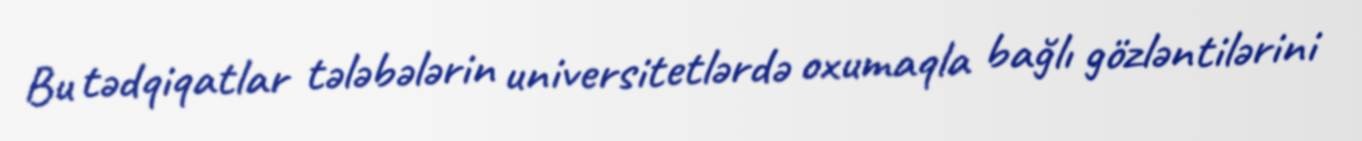
Bu tədqiqatlar tələbələrin universitetlərdə oxumaqla bağlı gözləntilərini